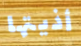
أذيتها